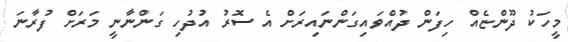
މީހަކު ދޫންޏެއް ހިފަން ދުއްވައިގަންނައިރަށް އެ ސޮރު އުދުހި ގަންނާނީ މަރަށް ފުރާނަ